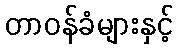
တာဝန်ခံများနှင့်